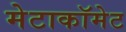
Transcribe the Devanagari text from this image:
मेटाकॉमेट